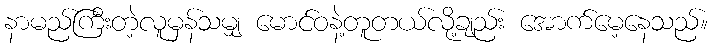
နာမည်ကြီးတဲ့လူမှန်သမျှ မောင်ဝနဲ့တူတယ်လို့ချည်း အောက်မေ့နေသည်။